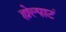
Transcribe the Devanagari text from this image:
ह्येल्पाटं